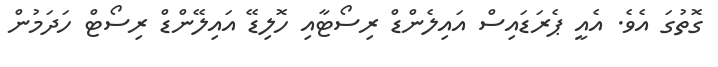
ގޮތުގަ އެވެ. އެއީ ޕެރަޑައިސް އައިލެންޑް ރިސޯޓާއި ހޮލިޑޭ އައިލޭންޑް ރިސޯޓް ހަދަމުން